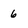
Character: 6